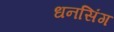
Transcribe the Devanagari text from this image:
धनसिंग